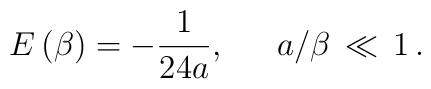
E\left( \beta \right) =-\frac{1}{24a},\, \, \, \, \, \, \, \, \, a/\beta \, \ll \, 1\, .